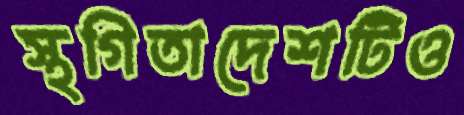
স্থগিতাদেশটিও